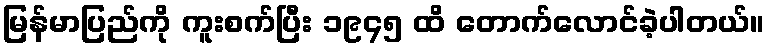
မြန်မာပြည်ကို ကူးစက်ပြီး ၁၉၄၅ ထိ တောက်လောင်ခဲ့ပါတယ်။